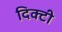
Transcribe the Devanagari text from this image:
दिक्टी